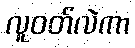
လူဝတ်လဲကာ